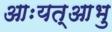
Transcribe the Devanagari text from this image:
आःयत्आभु